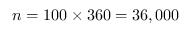
n = 1 0 0 \times 3 6 0 = 3 6 , 0 0 0